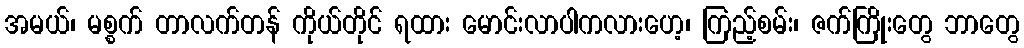
အမယ်၊ မစ္စက် တာလက်တန် ကိုယ်တိုင် ရထား မောင်းလာပါကလားဟေ့၊ ကြည့်စမ်း၊ ဇက်ကြိုးတွေ ဘာတွေ